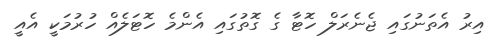
އިރު އެތަނުގައި ޖެނެރަލް ހޮޓާ ގެ ގޮތުގައި އެންމެ ހޮޓަލެއް ހުރުމަކީ އެއީ